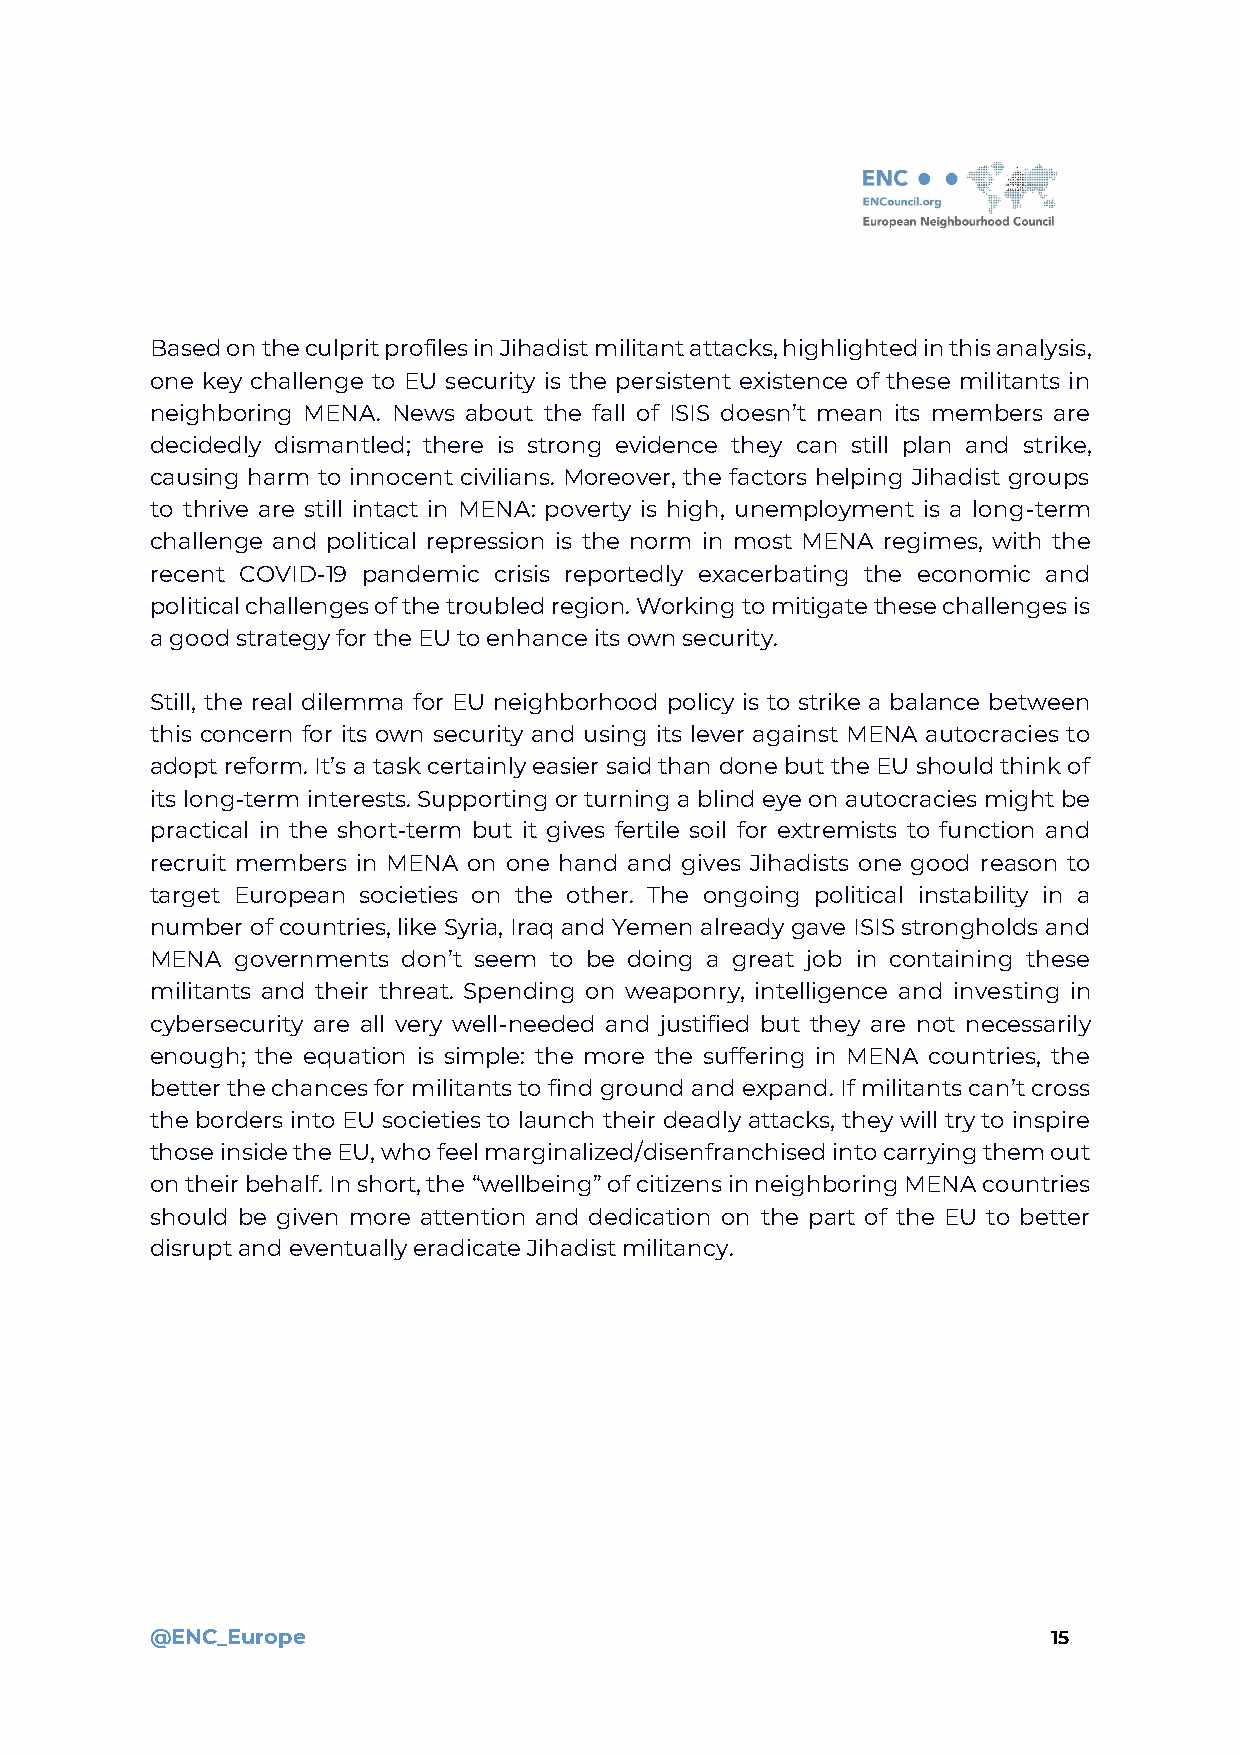
Based on the culprit profiles in Jihadist militant attacks, highlighted in this analysis,
 one key challenge to EU security is the persistent existence of these militants in
 neighboring MENA. News about the fall of ISIS doesn’t mean its members are
 decidedly dismantled; there is strong evidence they can still plan and strike,
 causing harm to innocent civilians. Moreover, the factors helping Jihadist groups
 to thrive are still intact in MENA: poverty is high, unemployment is a long-term
 challenge and political repression is the norm in most MENA regimes, with the
 recent COVID-19 pandemic crisis reportedly exacerbating the economic and
 political challenges of the troubled region. Working to mitigate these challenges is
 a good strategy for the EU to enhance its own security.
 Still, the real dilemma for EU neighborhood policy is to strike a balance between
 this concern for its own security and using its lever against MENA autocracies to
 adopt reform. It’s a task certainly easier said than done but the EU should think of
 its long-term interests. Supporting or turning a blind eye on autocracies might be
 practical in the short-term but it gives fertile soil for extremists to function and
 recruit members in MENA on one hand and gives Jihadists one good reason to
 target European societies on the other. The ongoing political instability in a
 number of countries, like Syria, Iraq and Yemen already gave ISIS strongholds and
 MENA  governments don’t seem to be doing a great job in containing these
 militants and their threat. Spending on weaponry, intelligence and investing in
 cybersecurity are all very well-needed and justified but they are not necessarily
 enough; the equation is simple: the more the suffering in MENA countries, the
 better the chances for militants to find ground and expand. If militants can’t cross
 the borders into EU societies to launch their deadly attacks, they will try to inspire
 those inside the EU, who feel marginalized/disenfranchised into carrying them out
 on their behalf. In short, the “wellbeing” of citizens in neighboring MENA countries
 should be given more attention and dedication on the part of the EU to better
 disrupt and eventually eradicate Jihadist militancy.
 @ENC_Europe                                                 15